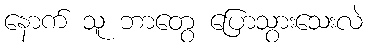
နောက် သူ ဘာတွေ ပြောသွားသေးလဲ